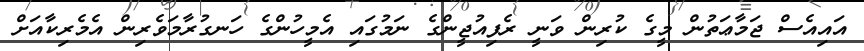
އައިއެސް ޖަމާޢަތުން މީގެ ކުރިން ވަނީ ރެފިއުޖީންގެ ނަމުގައި އެމީހުންގެ ހަނގުރާމަވެރިން އެމެރިކާއަށް